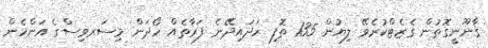
ޤާނޫނީގޮތުން ގެޒެޓްކުރެވޭ ލިޔުން 135 ތޮފި ހަދައިދޭނެ ފަރާތެއް ހޯދަން މިސަރވިސްގެ އަންހެން